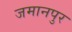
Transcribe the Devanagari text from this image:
जमानपुर